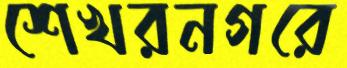
শেখরনগরে